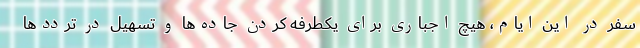
سفر در این ایام، هیچ اجباری برای یکطرفه کردن جاده‌ها و تسهیل در ترددها